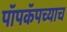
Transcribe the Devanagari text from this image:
पॉपकॅपच्याच